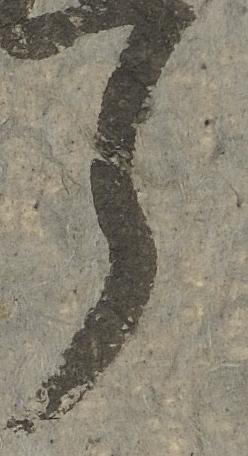
申